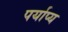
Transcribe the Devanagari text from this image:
पर्याप्य